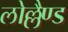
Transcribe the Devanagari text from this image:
लोल्लैण्ड